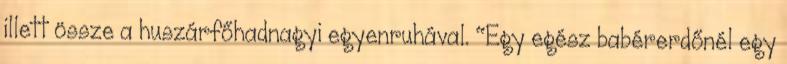
illett össze a huszárfőhadnagyi egyenruhával. "Egy egész babérerdőnél egy